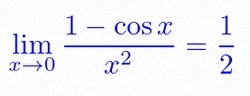
\lim_{x\to0}\frac{1-\cos x}{x^2}=\frac12